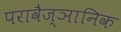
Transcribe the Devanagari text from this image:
परावैज्ञानिक